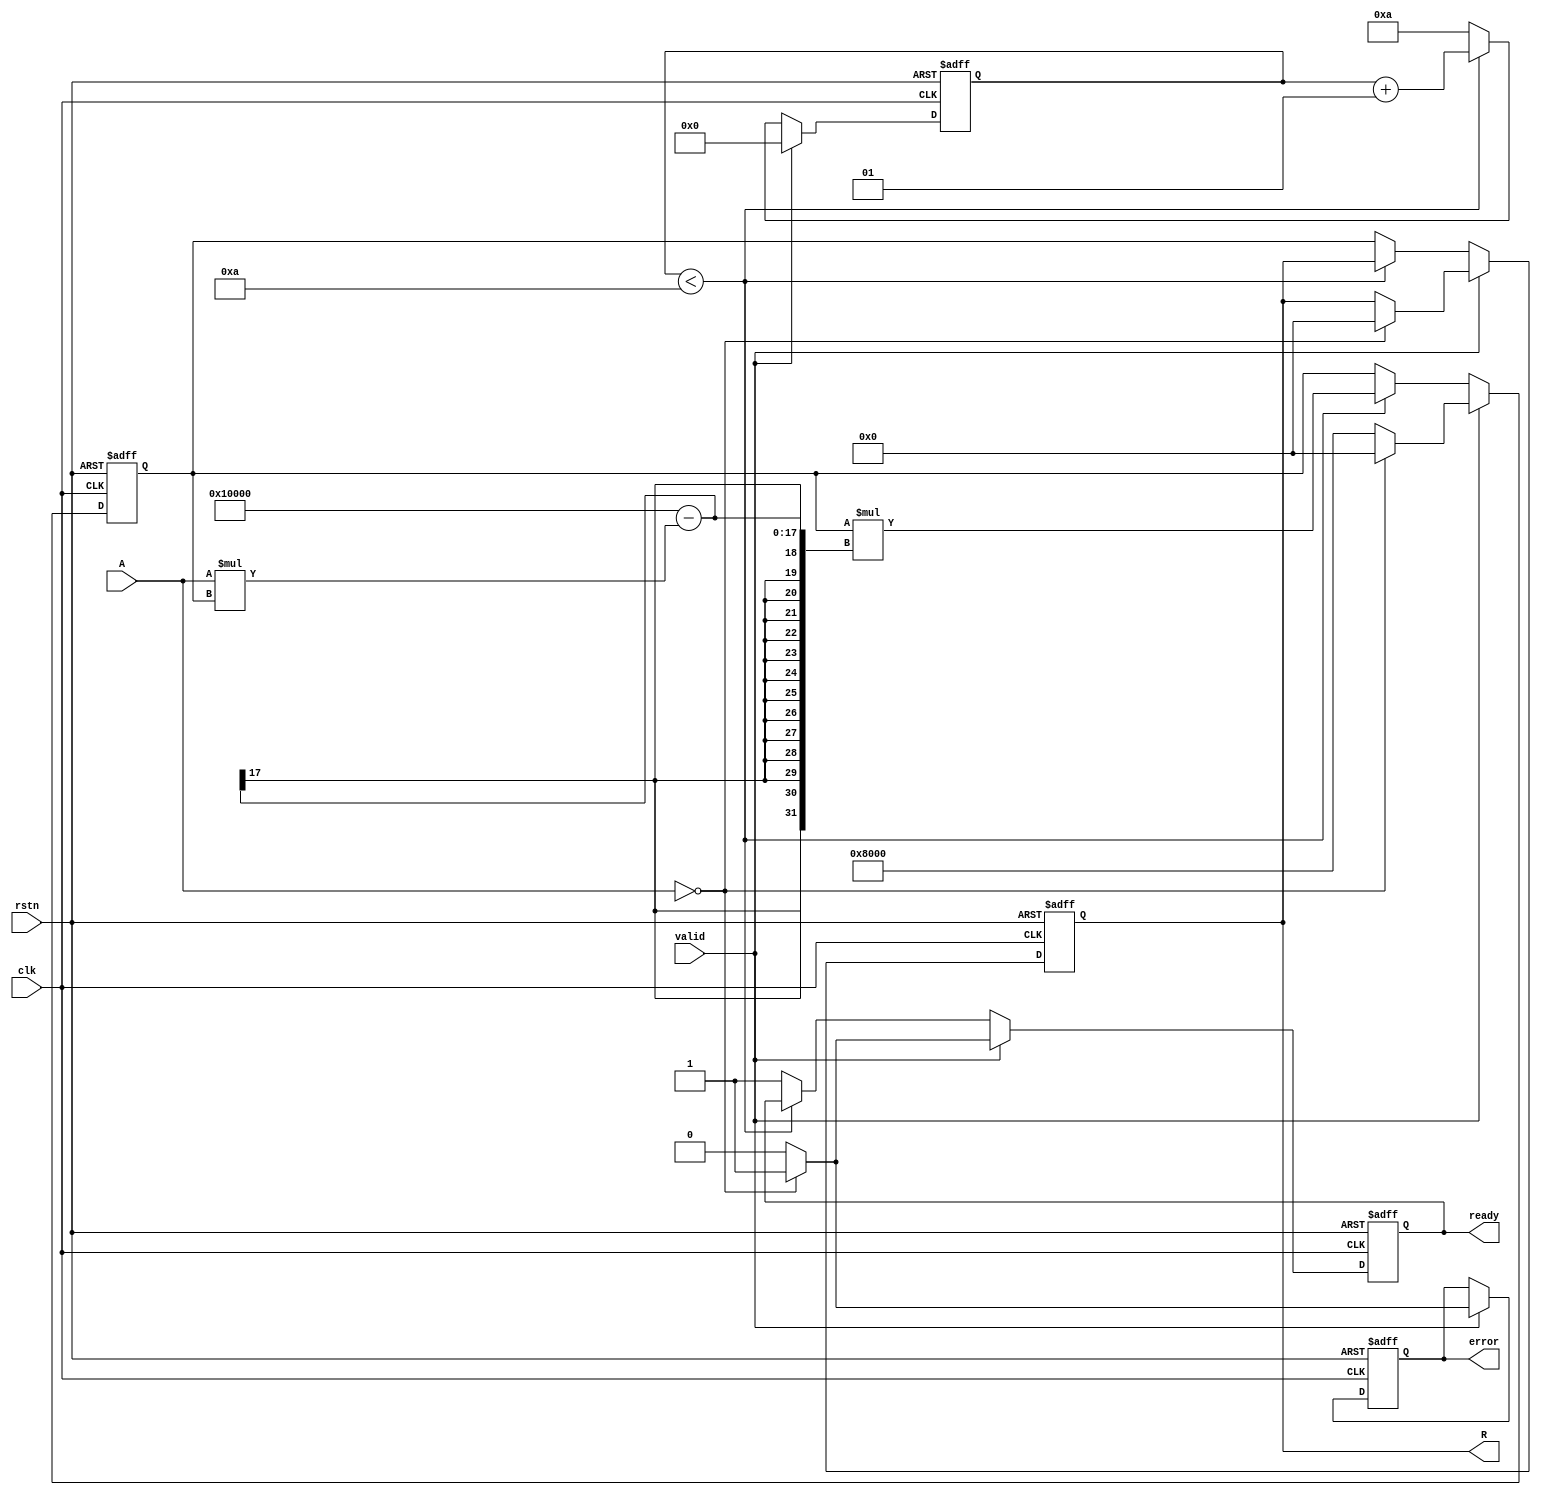
module BinaryFractionalReciprocal #(
    parameter BIT_WIDTH = 16,   // Bit-width for input and output
    parameter MAX_ITER = 10      // Maximum iterations for Newton-Raphson
)(
    input wire clk,              // Clock signal
    input wire rstn,             // Active low reset
    input wire valid,            // Input valid signal
    input wire [BIT_WIDTH-1:0] A, // Input data (binary fractional number)
    output reg [BIT_WIDTH-1:0] R, // Output data (reciprocal of A)
    output reg ready,            // Output ready signal
    output reg error             // Error signal for zero input
);

    reg [BIT_WIDTH-1:0] x;       // Intermediate variable for iterative calculation
    integer i;                   // Loop index for iterations
    reg [BIT_WIDTH-1:0] temp;    // Temporary variable for calculations

    // Check for zero input and handle reciprocal calculation
    always @(posedge clk or negedge rstn) begin
        if (!rstn) begin
            R <= 0;
            ready <= 0;
            error <= 0;
            x <= 0;
            i <= 0;
        end else if (valid) begin
            if (A == 0) begin
                // Handle zero input case
                R <= {BIT_WIDTH{1'b0}}; // can return a specific value or signal error
                error <= 1;
                ready <= 1;
                x <= 0;
                i <= 0;
            end else begin
                error <= 0; // No error
                // Initialize x to a reasonable estimate (e.g., 1.0)
                x <= {1'b1, {BIT_WIDTH-1{1'b0}}}; // Initial guess: 1.0
                i <= 0; // Start iterations
                ready <= 0; // Not ready until calculation is done
            end
        end else if (i < MAX_ITER) begin
            // Newton-Raphson iteration: x = x * (2 - A * x)
            temp = A * x; // Calculate A * x
            x <= x * (2**BIT_WIDTH - temp); // Update x
            
            // Increment iteration counter
            i <= i + 1;
        end else begin
            // After MAX_ITER iterations, finalize result
            R <= x; // Output the final result
            ready <= 1; // Indicate result is ready
            i <= MAX_ITER; // Prevent further iterations
        end
    end

endmodule